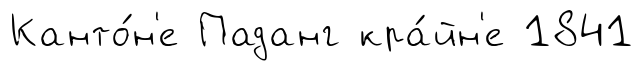
Канто́н'е Паданг кра́йн'е 1841